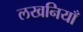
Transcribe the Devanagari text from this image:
लखनियाँ